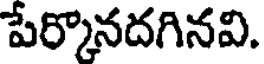
పేర్కొనదగినవి.